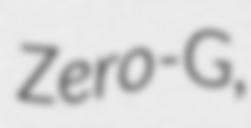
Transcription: Zero-G,